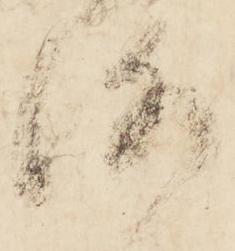
洛